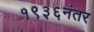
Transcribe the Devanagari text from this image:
१९३६नंतर